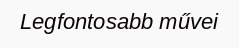
Legfontosabb művei